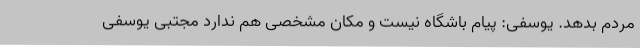
مردم بدهد. یوسفی: پیام باشگاه نیست و مکان مشخصی هم ندارد مجتبی یوسفی